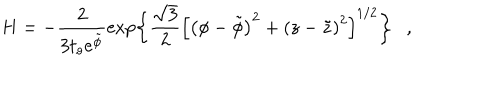
LaTeX: H = - \frac { 2 } { 3 t _ { o } e ^ { \tilde { \phi } } } \exp \left\{ \frac { \sqrt { 3 } } { 2 } \left[ \left( \phi - \tilde { \phi } \right) ^ { 2 } + \left( z - \tilde { z } \right) ^ { 2 } \right] ^ { 1 / 2 } \right\} ,